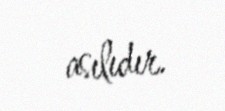
asılıdır.